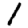
Digit: 1